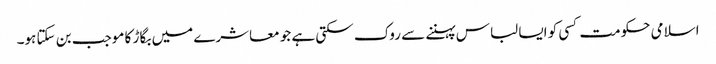
اسلامی حکومت کسی کو ایسا لباس پہننے سے روک سکتی ہے جو معاشرے میں بگاڑ کا موجب بن سکتا ہو۔